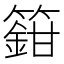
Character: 𬕸